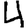
Digit: 4